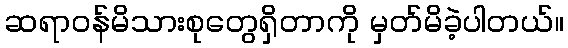
ဆရာဝန်မိသားစုတွေရှိတာကို မှတ်မိခဲ့ပါတယ်။